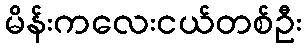
မိန်းကလေးငယ်တစ်ဦး